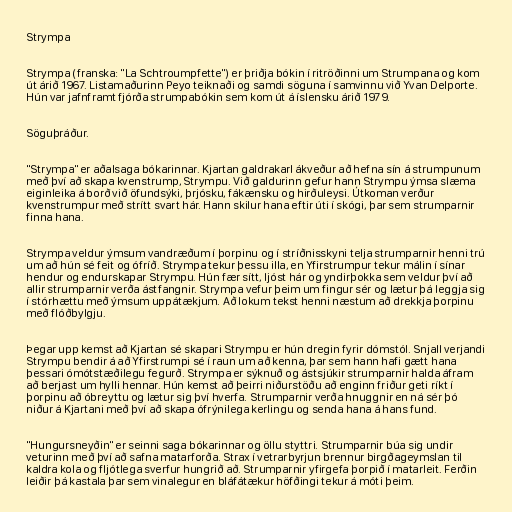
Strympa

Strympa (franska: "La Schtroumpfette") er þriðja bókin í ritröðinni um Strumpana og kom
út árið 1967. Listamaðurinn Peyo teiknaði og samdi söguna í samvinnu við Yvan Delporte.
Hún var jafnframt fjórða strumpabókin sem kom út á íslensku árið 1979.

Söguþráður.

"Strympa" er aðalsaga bókarinnar. Kjartan galdrakarl ákveður að hefna sín á strumpunum
með því að skapa kvenstrump, Strympu. Við galdurinn gefur hann Strympu ýmsa slæma
eiginleika á borð við öfundsýki, þrjósku, fákænsku og hirðuleysi. Útkoman verður
kvenstrumpur með strítt svart hár. Hann skilur hana eftir úti í skógi, þar sem strumparnir
finna hana.

Strympa veldur ýmsum vandræðum í þorpinu og í stríðnisskyni telja strumparnir henni trú
um að hún sé feit og ófríð. Strympa tekur þessu illa, en Yfirstrumpur tekur málin í sínar
hendur og endurskapar Strympu. Hún fær sítt, ljóst hár og yndirþokka sem veldur því að
allir strumparnir verða ástfangnir. Strympa vefur þeim um fingur sér og lætur þá leggja sig
í stórhættu með ýmsum uppátækjum. Að lokum tekst henni næstum að drekkja þorpinu
með flóðbylgju.

Þegar upp kemst að Kjartan sé skapari Strympu er hún dregin fyrir dómstól. Snjall verjandi
Strympu bendir á að Yfirstrumpi sé í raun um að kenna, þar sem hann hafi gætt hana
þessari ómótstæðilegu fegurð. Strympa er sýknuð og ástsjúkir strumparnir halda áfram
að berjast um hylli hennar. Hún kemst að þeirri niðurstöðu að enginn friður geti ríkt í
þorpinu að óbreyttu og lætur sig því hverfa. Strumparnir verða hnuggnir en ná sér þó
niður á Kjartani með því að skapa ófrýnilega kerlingu og senda hana á hans fund.

"Hungursneyðin" er seinni saga bókarinnar og öllu styttri. Strumparnir búa sig undir
veturinn með því að safna matarforða. Strax í vetrarbyrjun brennur birgðageymslan til
kaldra kola og fljótlega sverfur hungrið að. Strumparnir yfirgefa þorpið í matarleit. Ferðin
leiðir þá kastala þar sem vinalegur en bláfátækur höfðingi tekur á móti þeim.